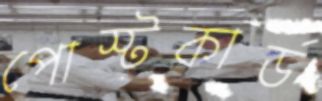
পোস্টকার্ড